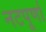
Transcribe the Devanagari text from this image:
नटपूर्णा